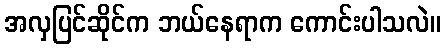
အလှပြင်ဆိုင်က ဘယ်နေရာက ကောင်းပါသလဲ။